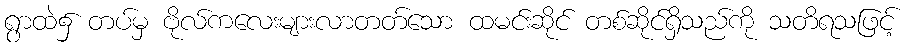
ရွာထဲ၌ တပ်မှ ဗိုလ်ကလေးများလာတတ်သော ထမင်းဆိုင် တစ်ဆိုင်ရှိသည်ကို သတိရသဖြင့်